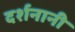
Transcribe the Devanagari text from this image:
दर्शनानी